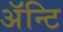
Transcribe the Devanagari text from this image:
अॅन्टि